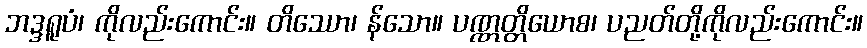
ဘဒ္ဒရူပံ၊ ကိုလည်းကောင်း။ တိဿော၊ န်သော။ ပဏ္ဏတ္တိယောစ၊ ပညတ်တို့ကိုလည်းကောင်း။